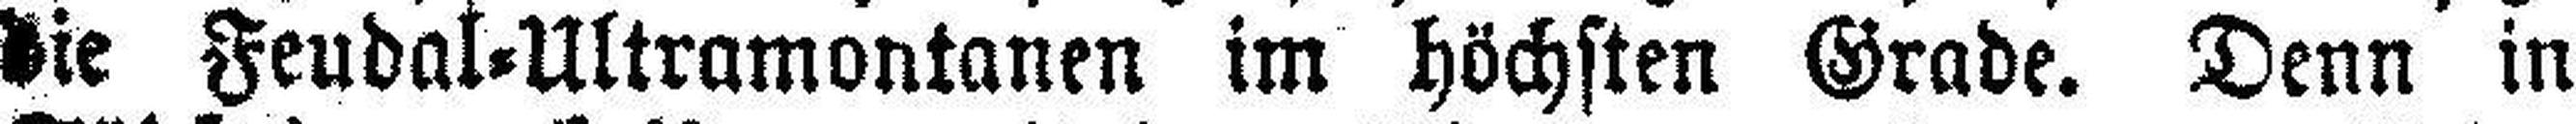
die Feudal=Ultramontanen im höchsten Grade. Denn in